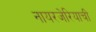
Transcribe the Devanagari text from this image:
नायरजेरियाची